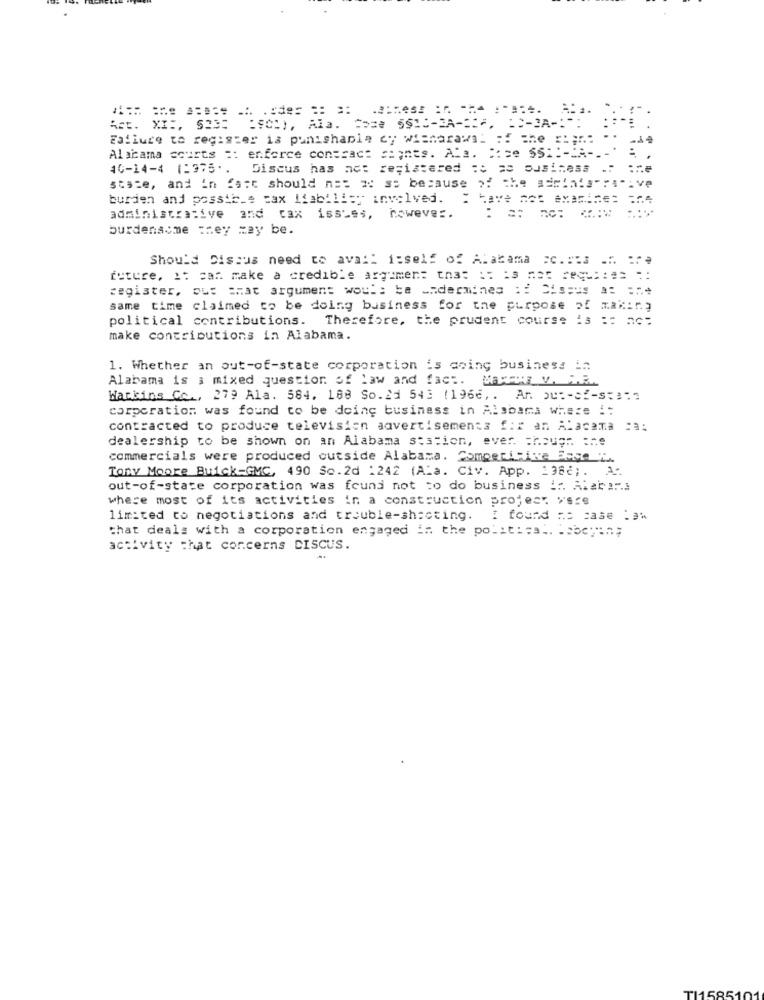
- 1 .
Act. XI :, S235
Failure to register is punishable cy wismarawa: :: the
Alabama courts :: enforce contrac: signes. Ala. Bose Ssi :- CA-
40-14-4 1:375 ..
Discus has adt registered :o se business
state, and in fact should n == = e so because of the acciais":
burden and possible tax Liability involved.
: have not axa =====
..
administrative and tax issues, however.
burdensome they may be.
Shou'd Discus need to avail itself of Alabama =c .:: s ... ...
future, 1: car. make a credible argimen: tna: :: 13 nat Sequ: : : ::
register, ous =hat argument woul: be undermines :: Cissus a= ==*
same time claimed to be doing business for the purpose of making
political contributions. Therefore, the prudent course is :: no:
make contributions in Alabama.
1. Whether an out-of-state corporation is doing business in
Alabama is : mixed question of law and fact. Waser v. P.R.
Watkins Cc ., 279 Ala. 564. 188 So.21 543 (1966 ,. An ou :- e-s:37
corporation was found to be doing business in Alabama where ::
contracted to produce television advertisements f :: an Alacama :a:
dealership to be shown on an Alabama sestion, ever. Though :ne
commercials were produced outside Alabama. Comoedi-ine Fec f.
Tony Moore Buick-GMC, 490 Sc.2d :242 (Ala. Civ. App. 1986 ;. A.
out-of-state corporation was found not to do business ir. Alab :F.]
where most of its activities in a construction project yere
limited to negotiations and trouble-shacting.
I found me case :3%
that deals with a corporation engaged in the politics .. .. beyin;
activity that concerns DISCUS.
115851